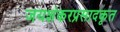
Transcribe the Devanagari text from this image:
जयशंकरप्रसादकृत